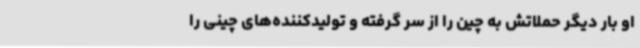
او بار دیگر حملاتش به چین را از سر گرفته و تولیدکننده‌های چینی را